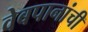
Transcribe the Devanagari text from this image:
वेबपानांची